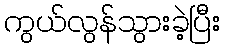
ကွယ်လွန်သွားခဲ့ပြီး